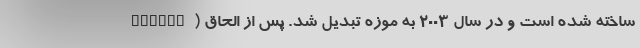
Tavros) ساخته شده است و در سال 2003 به موزه تبدیل شد. پس از الحاق